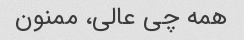
همه چی عالی، ممنون